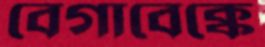
বেগাবেক্কে